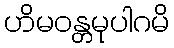
ဟိမဝန္တမုပါဂမိ